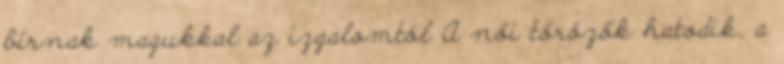
bírnak magukkal az izgalomtól A női tőrözők hatodik, a